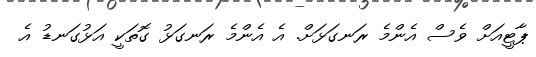
ޕާޓީއަށް ވެސް އެންމެ ރަނގަޅަށް. އެ އެންމެ ރަނގަޅު ގޮތަކީ އަޅުގަނޑު އެ